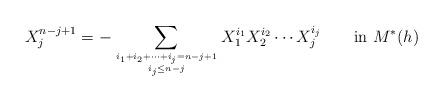
LaTeX: \begin{align*} X_j^{n-j+1}=-\displaystyle\sum_{i_1+i_2+\cdots+i_j=n-j+1 \atop i_j \leq n-j} X_1^{i_1}X_2^{i_2}\cdots X_j^{i_j} \ \ \ \ \ \ {\rm in} \ M^*(h) \end{align*}